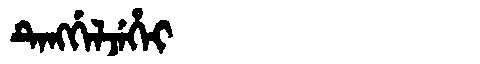
Manchu: ᡨᡝᠩᡤᡝᠯᠵᡝᡥᡝᡳ
Romanization: TENGGELJEHEI